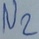
Text: N2